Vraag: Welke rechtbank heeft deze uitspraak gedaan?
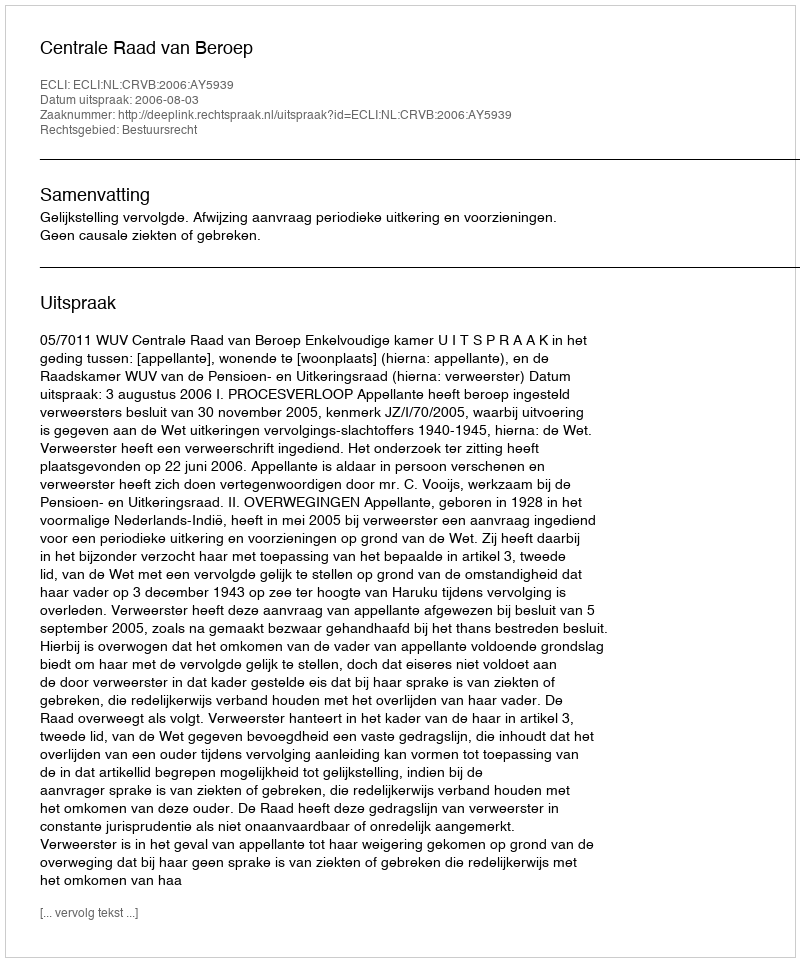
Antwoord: Centrale Raad van Beroep